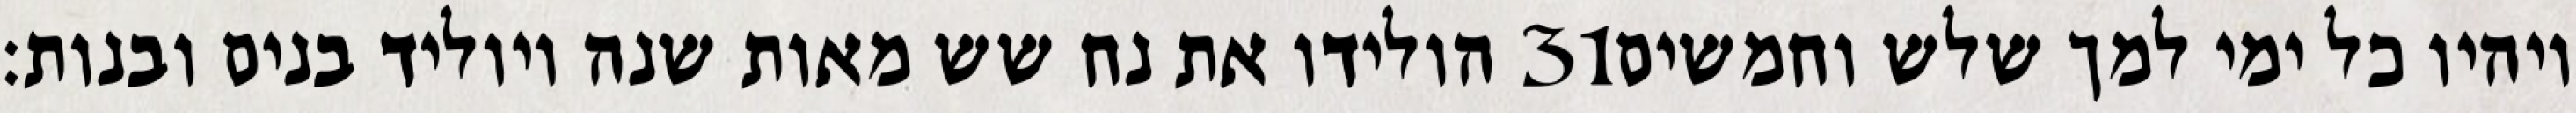
הולידו את נח שש מאות שנה ויוליד בנים ובנות׃ ‎31‏ ויהיו כל ימי למך שלש וחמשים